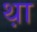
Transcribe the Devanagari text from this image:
थ़ा